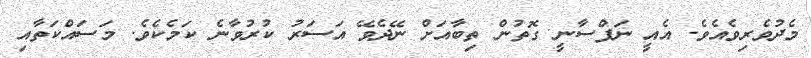
މެދުވެރިވެއެވެ. އެއީ ނަފްސާނީ ގޮތުން ތިބާއަށް ނޭދެވޭ އަސަރު ކުރުވާނެ ކަމެކެވެ. މަސައްކަތާއި